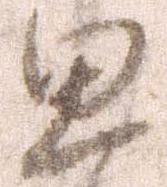
思